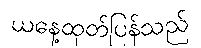
ယနေ့ထုတ်ပြန်သည်